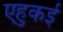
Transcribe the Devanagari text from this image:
एहुकई